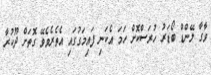
ވާގާ ލޭންޑް ބޯޑަރު ހުރަސްކޮށް ހަމަ އެކަނި ފައިމަގުގައި އެތެރެވެވޭ ގޮތަށް ދޫކުރާ